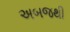
અબજથી